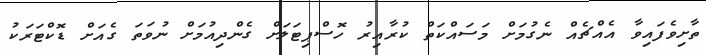
ތާށިވެފައިވާ އެއްޗެއް ނެގުމަށް މަސައްކަތް ކުރާއިރު ހޮސްޕިޓަލަށް ގެންދިއުމަަށް ނުވަތަ ގެއަށް ޑޮކްޓަރަކު